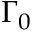
\Gamma _ { 0 }